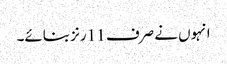
انہوں نے صرف 11 رنز بنائے۔